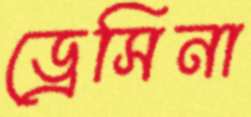
ড্রেসিনা